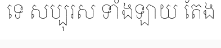
ទេ សប្បុរស ទាំងឡាយ តែង